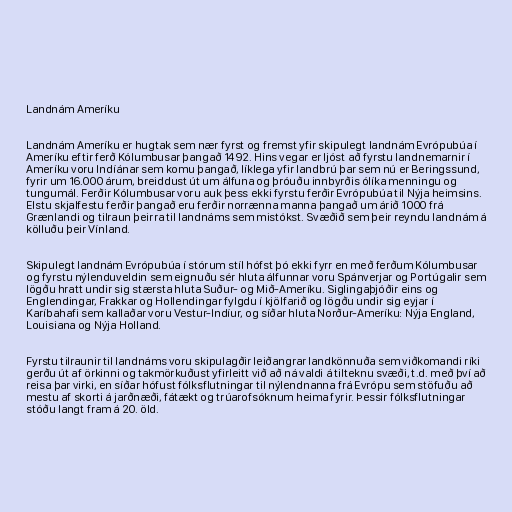
Landnám Ameríku

Landnám Ameríku er hugtak sem nær fyrst og fremst yfir skipulegt landnám Evrópubúa í
Ameríku eftir ferð Kólumbusar þangað 1492. Hins vegar er ljóst að fyrstu landnemarnir í
Ameríku voru Indíánar sem komu þangað, líklega yfir landbrú þar sem nú er Beringssund,
fyrir um 16.000 árum, breiddust út um álfuna og þróuðu innbyrðis ólíka menningu og
tungumál. Ferðir Kólumbusar voru auk þess ekki fyrstu ferðir Evrópubúa til Nýja heimsins.
Elstu skjalfestu ferðir þangað eru ferðir norrænna manna þangað um árið 1000 frá
Grænlandi og tilraun þeirra til landnáms sem mistókst. Svæðið sem þeir reyndu landnám á
kölluðu þeir Vínland.

Skipulegt landnám Evrópubúa í stórum stíl hófst þó ekki fyrr en með ferðum Kólumbusar
og fyrstu nýlenduveldin sem eignuðu sér hluta álfunnar voru Spánverjar og Portúgalir sem
lögðu hratt undir sig stærsta hluta Suður- og Mið-Ameríku. Siglingaþjóðir eins og
Englendingar, Frakkar og Hollendingar fylgdu í kjölfarið og lögðu undir sig eyjar í
Karíbahafi sem kallaðar voru Vestur-Indíur, og síðar hluta Norður-Ameríku: Nýja England,
Louisiana og Nýja Holland.

Fyrstu tilraunir til landnáms voru skipulagðir leiðangrar landkönnuða sem viðkomandi ríki
gerðu út af örkinni og takmörkuðust yfirleitt við að ná valdi á tilteknu svæði, t.d. með því að
reisa þar virki, en síðar hófust fólksflutningar til nýlendnanna frá Evrópu sem stöfuðu að
mestu af skorti á jarðnæði, fátækt og trúarofsóknum heima fyrir. Þessir fólksflutningar
stóðu langt fram á 20. öld.